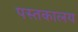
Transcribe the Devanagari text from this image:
पस्तकालय